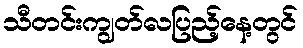
သီတင်းကျွတ်လပြည့်နေ့တွင်